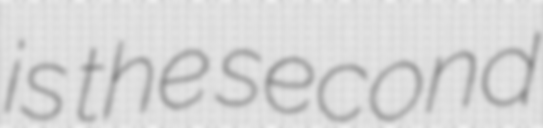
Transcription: is the second